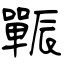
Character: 辴